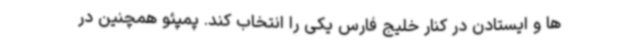
ها و ایستادن در کنار خلیج فارس یکی را انتخاب کند. پمپئو همچنین در